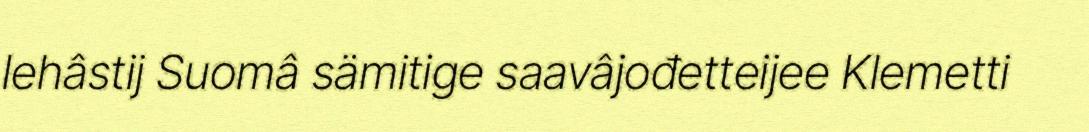
lehâstij Suomâ sämitige saavâjođetteijee Klemetti